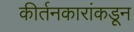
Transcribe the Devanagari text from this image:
कीर्तनकारांकडून